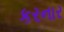
કરનાર